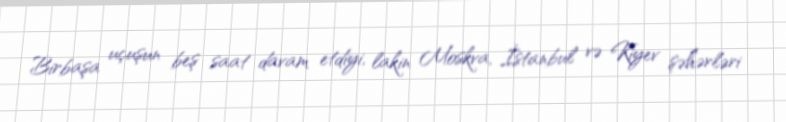
Birbaşa uçuşun beş saat davam etdiyi, lakin Moskva, İstanbul və Kiyev şəhərləri